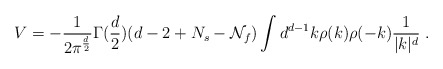
\begin{align*}V = -{1 \over 2 \pi^{d \over 2} }\Gamma({d \over 2}) (d-2 + N_s -{\cal N}_f) \int d^{d-1} k \rho(k) \rho(-k) {1 \over |k|^d} \; .\end{align*}